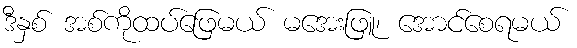
ဒီနှစ် အစ်ကိုထပ်ဖြေမယ် မအေးဖြူ၊ အောင်စေရမယ်